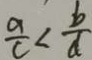
\frac { a } { c } < \frac { b } { d }